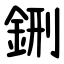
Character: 鉶